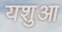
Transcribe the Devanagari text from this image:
यशुआ